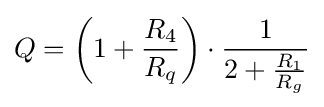
Q=\left(1+{\frac {R_{4}}{R_{q}}}\right)\cdot {\frac {1}{2+{\frac {R_{1}}{R_{g}}}}}